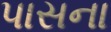
પાસના